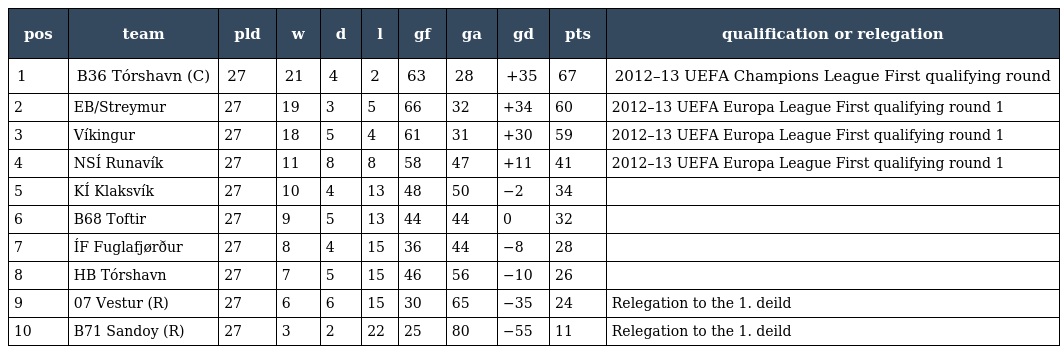
| pos | team | pld | w | d | l | gf | ga | gd | pts | qualification or relegation |
 | --- | --- | --- | --- | --- | --- | --- | --- | --- | --- | --- |
 | 1 | B36 Tórshavn (C) | 27 | 21 | 4 | 2 | 63 | 28 | +35 | 67 | 2012–13 UEFA Champions League First qualifying round |
 | 2 | EB/Streymur | 27 | 19 | 3 | 5 | 66 | 32 | +34 | 60 | 2012–13 UEFA Europa League First qualifying round 1 |
 | 3 | Víkingur | 27 | 18 | 5 | 4 | 61 | 31 | +30 | 59 | 2012–13 UEFA Europa League First qualifying round 1 |
 | 4 | NSÍ Runavík | 27 | 11 | 8 | 8 | 58 | 47 | +11 | 41 | 2012–13 UEFA Europa League First qualifying round 1 |
 | 5 | KÍ Klaksvík | 27 | 10 | 4 | 13 | 48 | 50 | −2 | 34 |  |
 | 6 | B68 Toftir | 27 | 9 | 5 | 13 | 44 | 44 | 0 | 32 |  |
 | 7 | ÍF Fuglafjørður | 27 | 8 | 4 | 15 | 36 | 44 | −8 | 28 |  |
 | 8 | HB Tórshavn | 27 | 7 | 5 | 15 | 46 | 56 | −10 | 26 |  |
 | 9 | 07 Vestur (R) | 27 | 6 | 6 | 15 | 30 | 65 | −35 | 24 | Relegation to the 1. deild |
 | 10 | B71 Sandoy (R) | 27 | 3 | 2 | 22 | 25 | 80 | −55 | 11 | Relegation to the 1. deild |